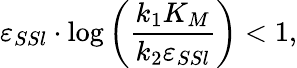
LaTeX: \varepsilon_{SSl}\cdot\log\left(\frac{k_{1}K_{M}}{k_{2}\varepsilon_{SSl}}\right)<1,